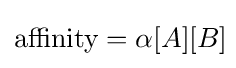
{\mbox{affinity}}=\alpha [A][B]\!